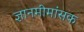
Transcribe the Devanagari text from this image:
ज्ञानमीमांसक